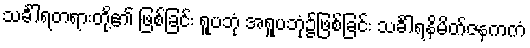
သင်္ခါရတရားတို့၏ ဖြစ်ခြင်း ရူပဘုံ အရူပဘုံ၌ဖြစ်ခြင်း သင်္ခါရနိမိတ်ဇနကကံ